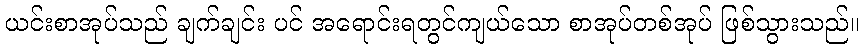
ယင်းစာအုပ်သည် ချက်ချင်း ပင် အရောင်းရတွင်ကျယ်သော စာအုပ်တစ်အုပ် ဖြစ်သွားသည်။